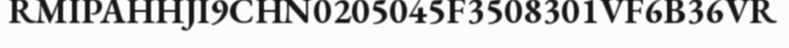
RMIPAHHJI9CHN0205045F3508301VF6B36VR